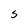
Character: S